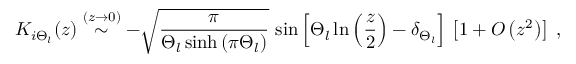
K _ { i \Theta _ { l } } ( z ) \stackrel { ( z \rightarrow 0 ) } { \sim } - \sqrt { \frac { \pi } { \Theta _ { l } \sinh \left( \pi \Theta _ { l } \right) } } \, \sin \left[ \Theta _ { l } \ln \left( \frac { z } { 2 } \right) - \delta _ { \Theta _ { l } } \right] \, \left[ 1 + O \left( z ^ { 2 } \right) \right] \; ,